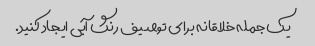
یک جمله خلاقانه برای توصیف رنگ آبی ایجاد کنید.